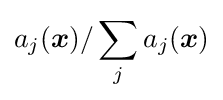
a_{j}({\boldsymbol {x}})/\sum _{j}a_{j}({\boldsymbol {x}})